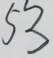
5 3